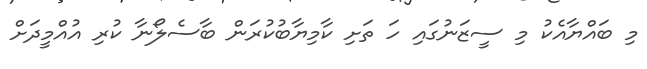
މި ބައްޔާއެކު މި ސީޒަނުގައި ހަ ތަށި ކާމިޔާބުކުރަން ބާސެލޯނާ ކުރި އުއްމީދަށް